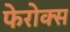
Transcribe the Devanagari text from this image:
फेरोक्स